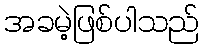
အခမဲ့ဖြစ်ပါသည်